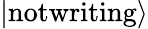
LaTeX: \left|\textrm{notwriting}\right\rangle